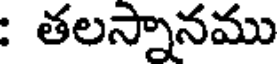
: తలస్నానము